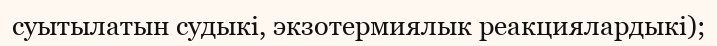
суытылатын судыкі, экзотермиялык реакциялардыкі);